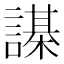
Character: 𧬗